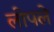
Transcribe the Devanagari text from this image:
लोपले